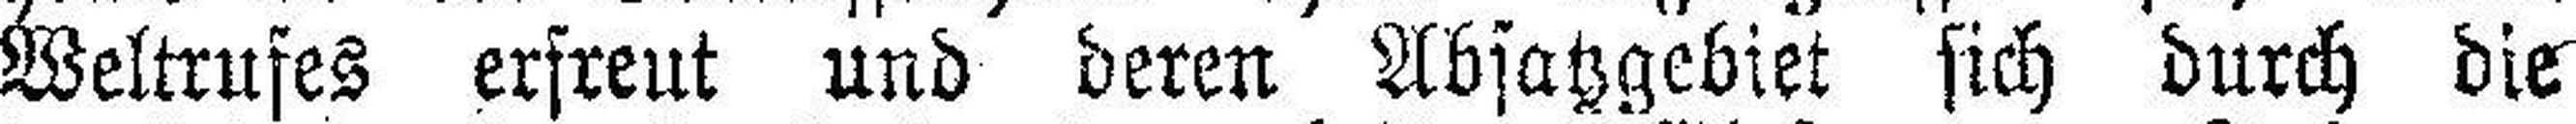
Weltrufes erfreut und deren Absatzgebiet sich durch die